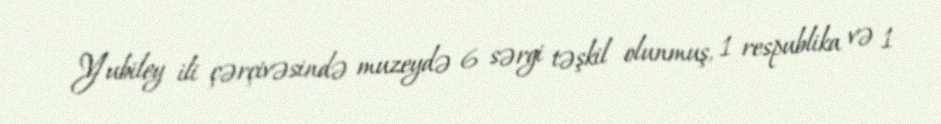
Yubiley ili çərçivəsində muzeydə 6 sərgi təşkil olunmuş, 1 respublika və 1